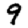
Digit: 9